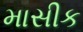
માસીક